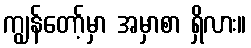
ကျွန်တော့်မှာ အမှာစာ ရှိလား။